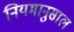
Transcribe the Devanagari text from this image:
नियमानुसाल